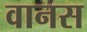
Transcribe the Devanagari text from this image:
वानस